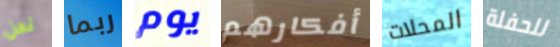
نحن ربما يوم أفكارهم المحلات للحفلة